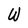
Character: W